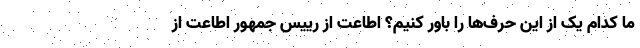
ما کدام یک از این حرف‌ها را باور کنیم؟ اطاعت از رییس جمهور اطاعت از